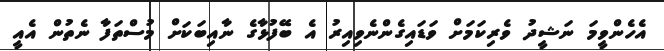
އެހެންވީމަ ނަޝީދު ވެރިކަމަށް ވަޑައިގެންނެވިއިރު އެ ބޭފުޅާގެ ނާއިބަކަށް މުސްތަފާ ނެތުން އެއީ